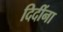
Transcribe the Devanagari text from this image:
दिदींना